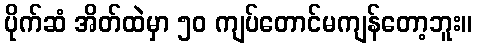
ပိုက်ဆံ အိတ်ထဲမှာ ၅၀ ကျပ်တောင်မကျန်တော့ဘူး။